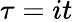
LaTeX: \tau=it